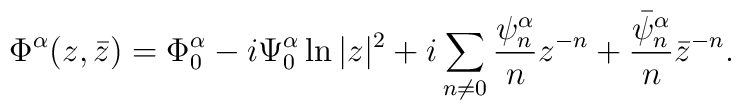
\Phi^\alpha(z,\bar z) = \Phi^\alpha_0 -i \Psi^\alpha_0 \ln|z|^2 +  i \sum_{n\neq0} \frac{\psi^\alpha_n}n z^{-n} +  \frac{\bar\psi^\alpha_n}n \bar z^{-n}.